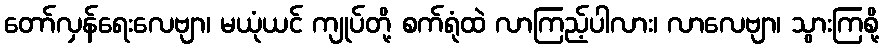
တော်လှန်ရေးလေဗျာ၊ မယုံယင် ကျုပ်တို့ စက်ရုံထဲ လာကြည့်ပါလား၊ လာလေဗျာ၊ သွားကြစို့